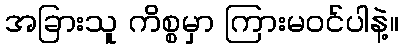
အခြားသူ ကိစ္စမှာ ကြားမဝင်ပါနဲ့။